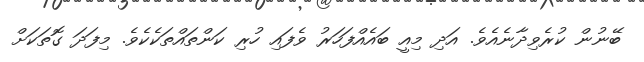
ބޭނުން ކުރެވިދާނެއެވެ. އަދި މިއީ ބައެއްފަހަރު ވެފައި ހުރި ކަންތައްތަކެކެވެ. މިފަދަ ގޮތަކަށް